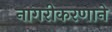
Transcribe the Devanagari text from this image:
नागरीकरणाने